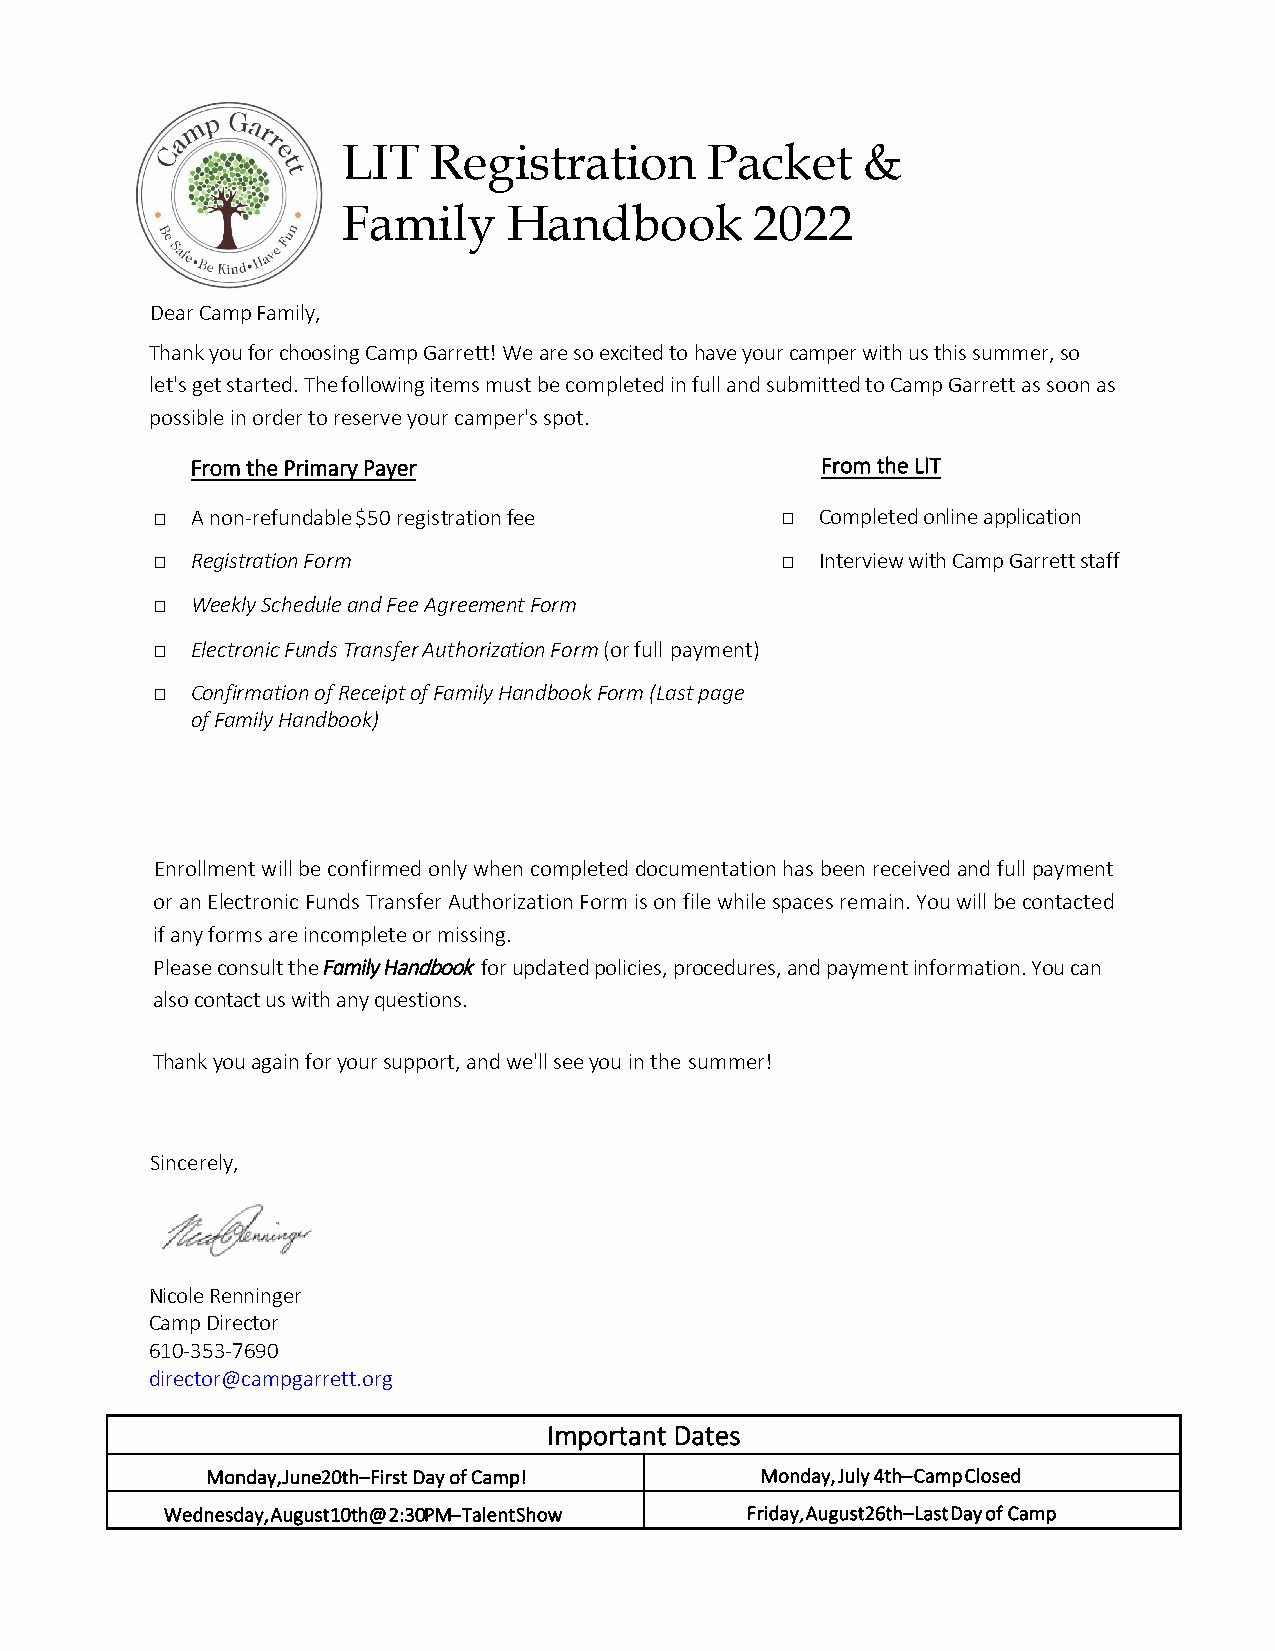
LIT  Registration       Packet    &
 Family     Handbook        2022
 Dear Camp Family,
 Thank you for choosing Camp Garrett! We are so excited to have your camper with us this summer, so
 let's get started. The following items must be completed in full and submitted to Camp Garrett as soon as
 possible in order to reserve your camper's spot.
 From the Primary Payer                   From the LIT
 □  A non-refundable $50 registration fee  □ Completed online application
 □  Registration Form                      □ Interview with Camp Garrett staff
 □  Weekly Schedule and Fee Agreement Form
 □  Electronic Funds Transfer Authorization Form (or full payment)
 □  Confirmation of Receipt of Family Handbook Form (Last page
 of Family Handbook)
 Enrollment will be confirmed only when completed documentation has been received and full payment
 or an Electronic Funds Transfer Authorization Form is on file while spaces remain. You will be contacted
 if any forms are incomplete or missing.
 Please consult the Family Handbook for updated policies, procedures, and payment information. You can
 also contact us with any questions.
 Thank you again for your support, and we'll see you in the summer!
 Sincerely,
 Nicole Renninger
 Camp Director
 610-353-7690
 director@campgarrett.org
 Important Dates
 Monday, June2 0th– First Day of Camp! Monday, July 4th– Camp Closed
 Wednesday, August 10th@ 2:30P M – Talent Show Friday, August2 6th– Last Day of Camp